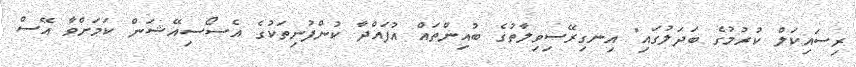
ރިސައިކަލް ކުރުމުގެ ބަދަލުގައި" އިނގިރޭސިވިލާތުގެ ބުއިންތައް އުފައްދާ ކުންފުނިތަކުގެ އެސޯސިއޭޝަން ކަމަށްވާ އޭސް